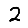
Digit: 2